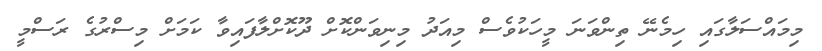
މިމައްސަލާގައި ހިމެނޭ ތިންވަނަ މީހަކުވެސް މިއަދު މިނިވަންކޮށް ދޫކޮށްލާފައިވާ ކަމަށް މިސްރުގެ ރަސްމީ